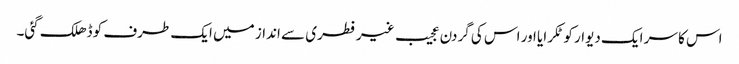
اس کا سر ایک دیوار کو ٹکرایا اور اس کی گردن عجیب غیر فطری سے انداز میں ایک طرف کو ڈھلک گئی۔